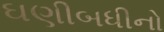
ઘણીબધીનો